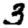
Digit: 3